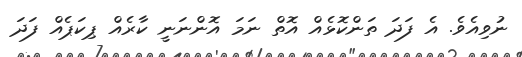
ނުވިއެވެ. އެ ފަދަ ތަންކޮޅެއް އޮތް ނަމަ އޮންނަނީ ކާރެއް ޕިކަޕެއް ފަދަ